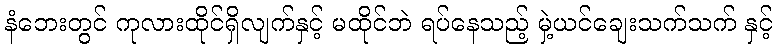
နံဘေးတွင် ကုလားထိုင်ရှိလျက်နှင့် မထိုင်ဘဲ ရပ်နေသည့် မှဲ့ယင်ချေးသက်သက် နှင့်